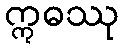
ဣဓဿု